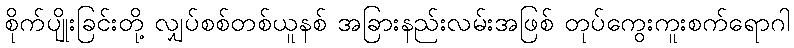
စိုက်ပျိုးခြင်းတို့ လျှပ်စစ်တစ်ယူနစ် အခြားနည်းလမ်းအဖြစ် တုပ်ကွေးကူးစက်ရောဂါ